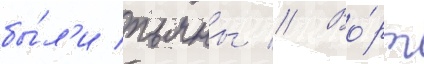
бы́л'и пьяны // Во́рт